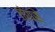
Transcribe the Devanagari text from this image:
तोपसे